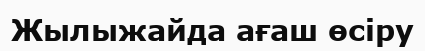
Жылыжайда ағаш өсіру